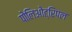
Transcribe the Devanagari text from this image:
पोलिओट्रिपल